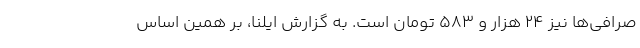
صرافی‌ها نیز ۲۴ هزار و ۵۸۳ تومان است. به گزارش ایلنا، بر همین‌ اساس